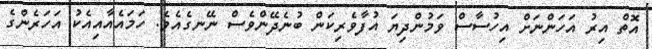
އޮތް އިރު އަހަންނަށް އިހުސާސް ވަމުންދިޔަ އުފާވެރިކަން ބުނެދޭންވެސް ނޭނގެއެވެ. ހަމައެއާއިއެކު އަހަރެންގެ